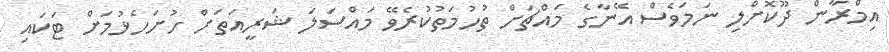
އިމްރާން ދޫކޮށްލި ނަމަވެސް އޭނާގެ މައްޗަށް ތުހުމަތުކުރެވޭ މައްސަލަ ޝަރީއަތަށް ހުށަހެޅުމަށް ޓަކައި